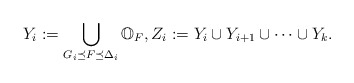
\begin{align*} Y_i := \bigcup_{G_i \preceq F \preceq \Delta_i} \mathbb{O}_F, Z_i := Y_i \cup Y_{i+1} \cup \dots \cup Y_k.\end{align*}